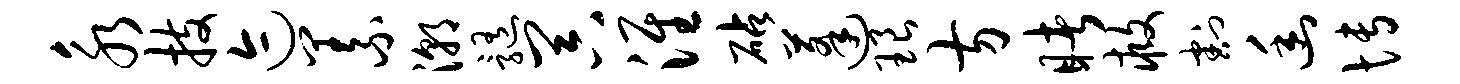
永技迹义潮髓器淮砧蓬琅方睹救割幽博